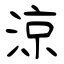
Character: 涼